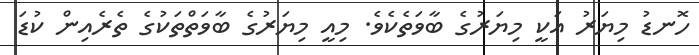
ހޮނޑު މިޔަރު އަކީ މިޔަރުގެ ބާވަތެކެވެ. މިއީ މިޔަރުގެ ބާވަތްތަކުގެ ތެރެއިން ކުޑަ